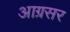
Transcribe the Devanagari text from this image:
आग्रसर